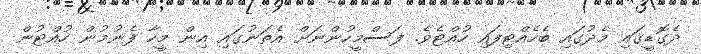
ދެގޮޑީގައި މެދުގައި ބެހެއްޓިފައި ހުއްޓެވެ. ފަސްމީހުންނަށް އެތަނުގައި އިން މީހާ ފެނުމުން ހުއްޓުން